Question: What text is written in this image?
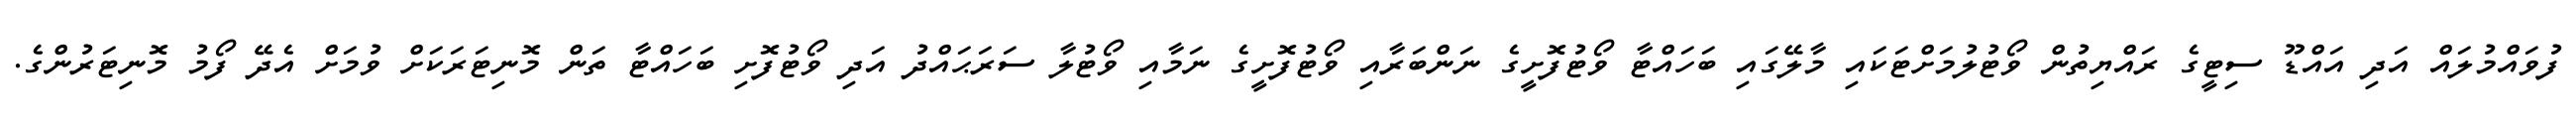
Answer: ފުވައްމުލައް އަދި އައްޑޫ ސިޓީގެ ރައްޔިތުން ވޯޓުލުމަށްޓަކައި މާލޭގައި ބަހައްޓާ ވޯޓުފޮށީގެ ނަންބަރާއި ވޯޓުފޮށީގެ ނަމާއި ވޯޓުލާ ސަރަޙައްދު އަދި ވޯޓުފޮށި ބަހައްޓާ ތަން މޮނިޓަރަކަށް ވުމަށް އެދޭ ފޯމު މޮނިޓަރުންގެ.